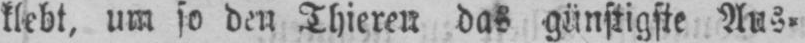
klebt, um so den Thieren das günstigste Aus⸗